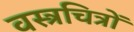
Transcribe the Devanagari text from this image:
वस्त्रचित्रों